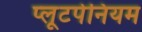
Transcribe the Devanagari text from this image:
प्लूटपेनियम